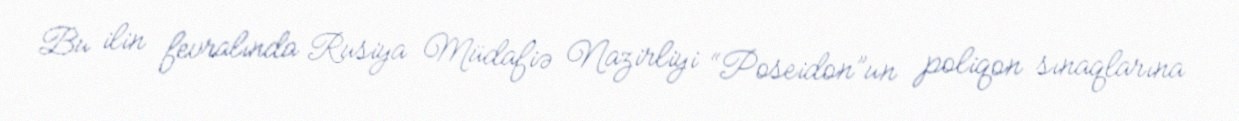
Bu ilin fevralında Rusiya Müdafiə Nazirliyi “Poseidon”un poliqon sınaqlarına